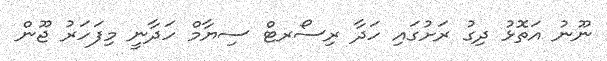
ނޫނު އަތޮޅު ދިގު ރަށުގައި ހަދާ ރިސޯރޓް ސިޔާމް ހަދާނީ މިފަހަރު ޖޫން